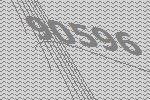
90596